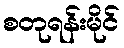
စတုရန်းမိုင်